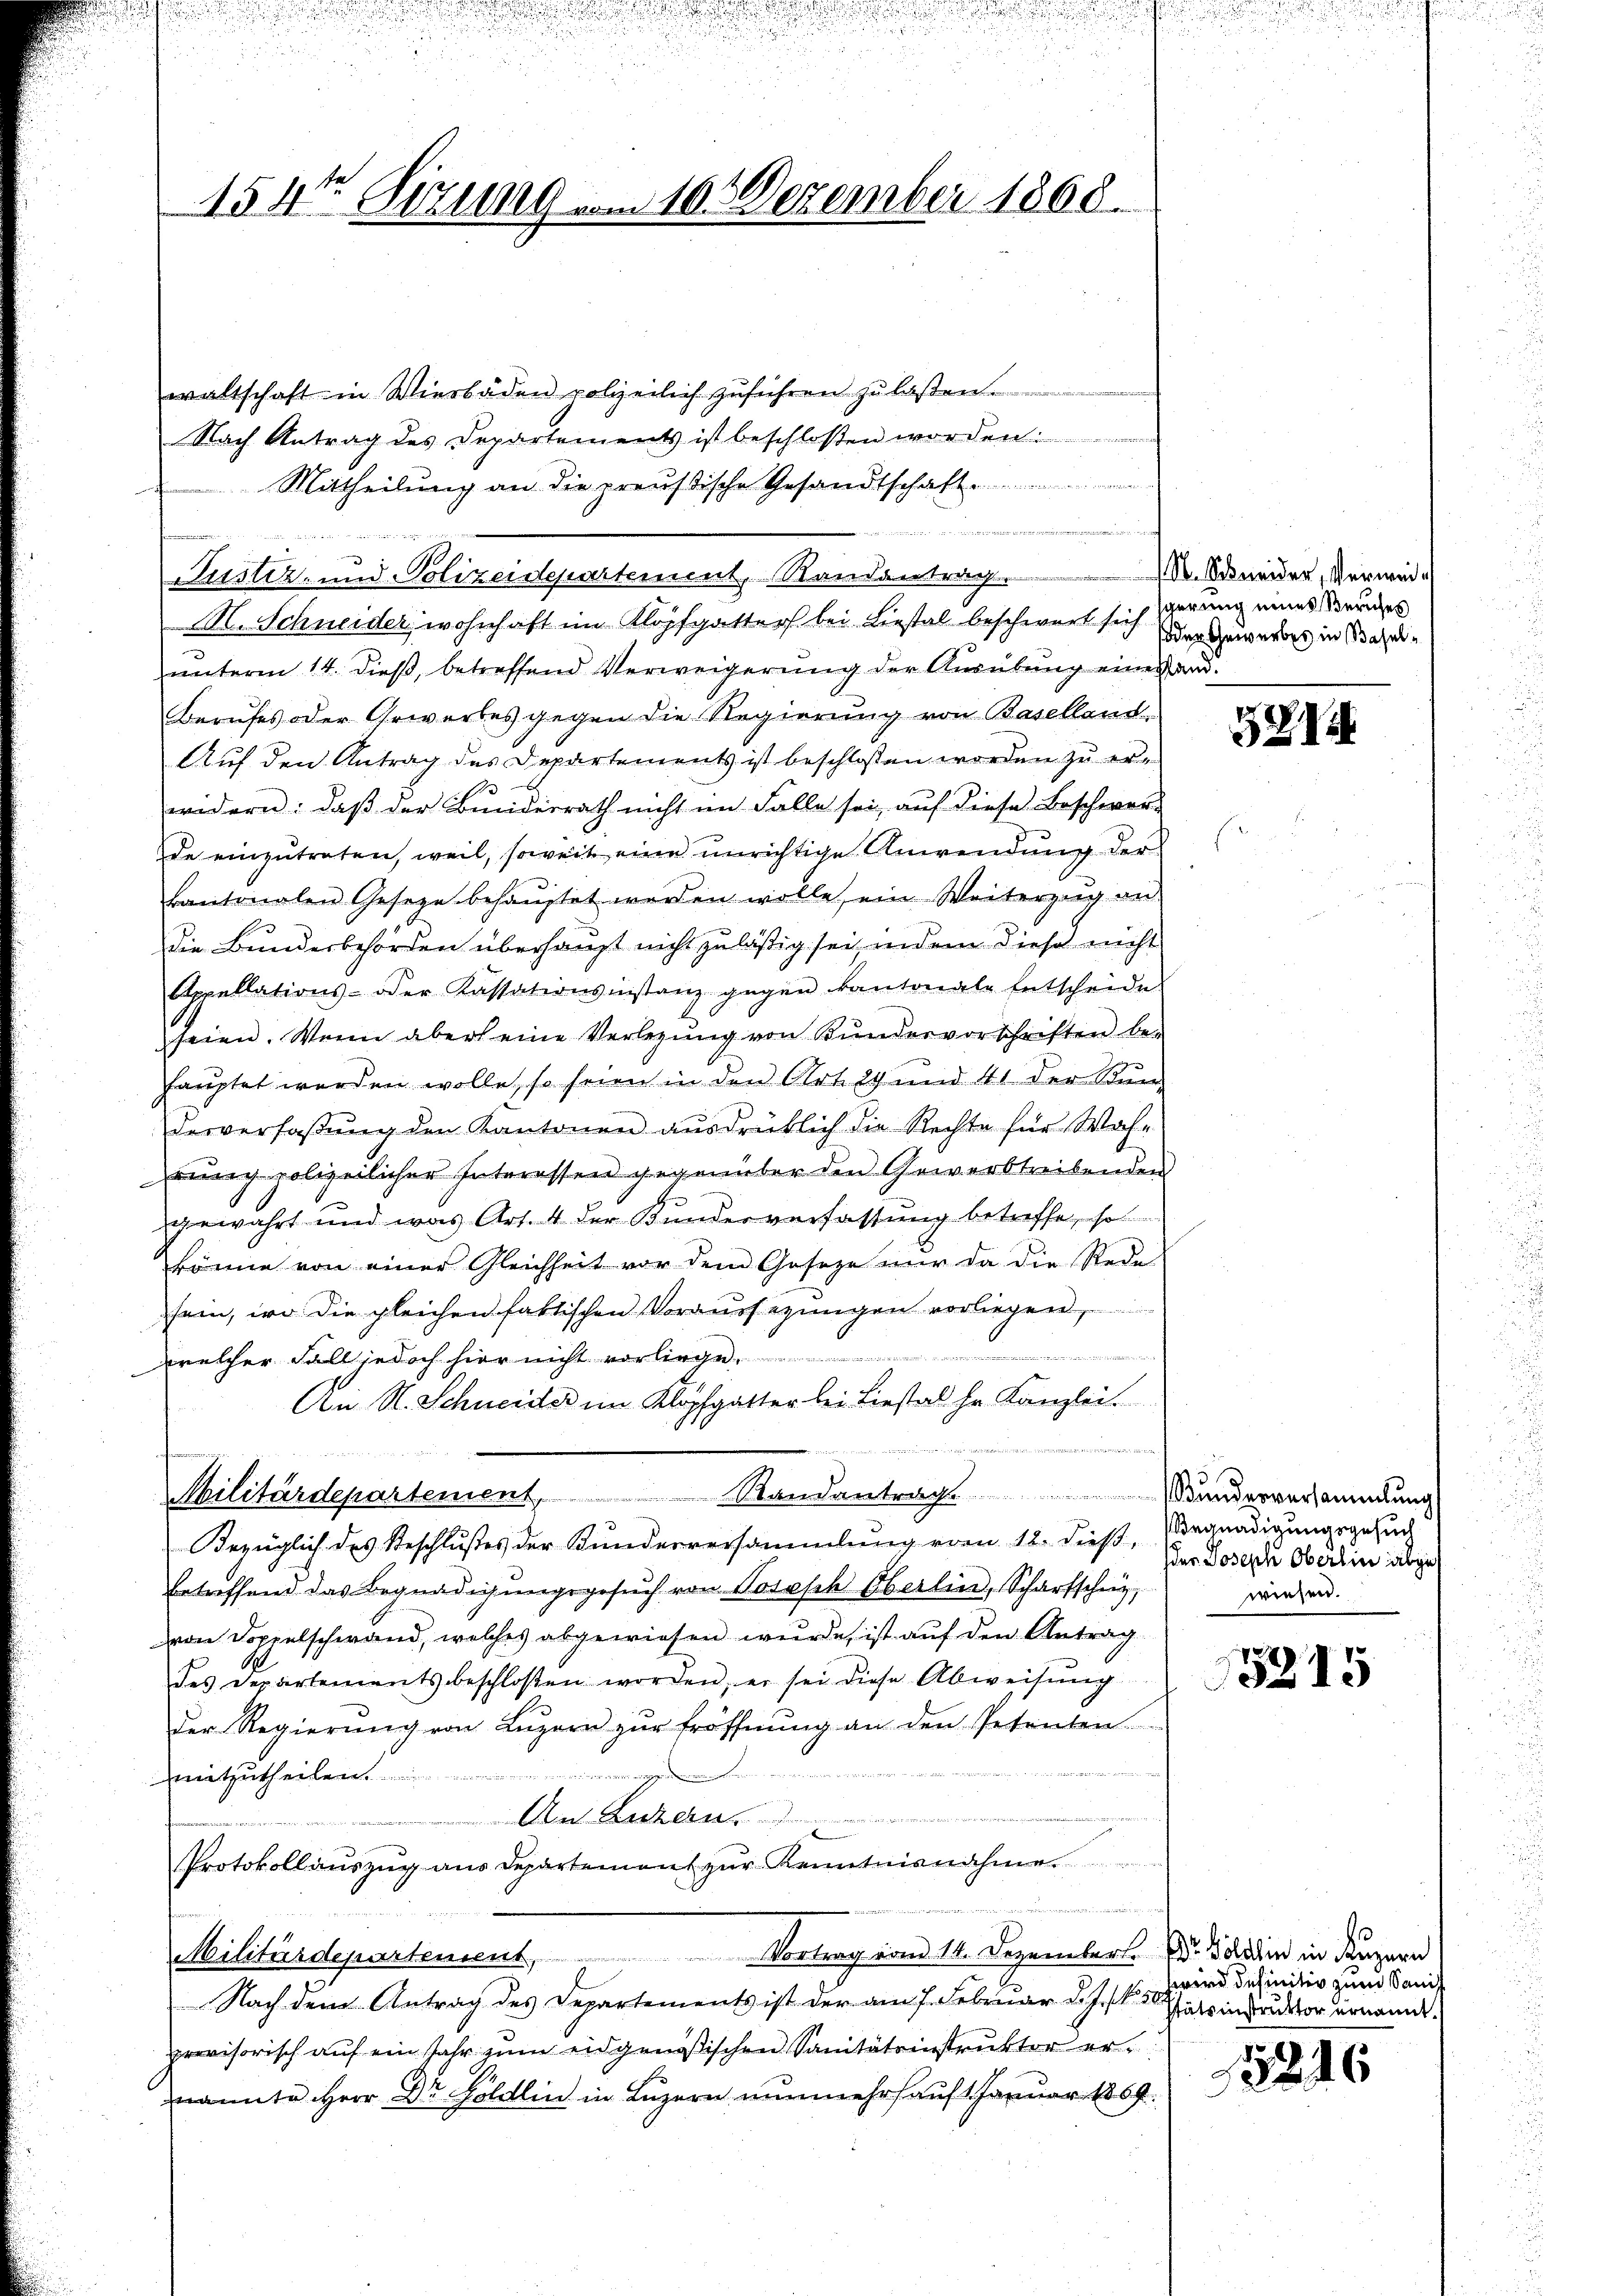
154te Sizung von 10. Dezember 1868.

waltschaft in Wiesbaden polizeilich zuführen zu laßen.
Nach Antrag des Departements ist beschlossen worden
Mittheilung an die preusische Gesandtschaft
um

e
Justiz- und Polizeidepartement, Randantrag
A. Schneider wohnhaft im Klopfgatter bei Liestal beschwert sich
unterm 14. dieß, betreffend Verweigerung der Ausübung eines and
Berufes oder Gewerbes gegen die Regierung von Baselland,
Auf den Antrag des Departements ist beschlossen worden zu erwidern: daß der Bundesrath nicht im Falle sei, auf diese Beschwerd
de einzutreten, weil, soweit eine unrichtige Anwendung der
kantonalen Gesetze behaŭptet werden wolle, ein Weiterzŭg an
die Bundesbehörden überhaupt nicht zuläßig sei indem diese nicht
Appellations- oder Kassationsinstanz gegen kantonale Entscheide
seien. Wenn aber eine Verlegung von Bundesvorschriften be-
hauptet werden wolle, so seien in den Art. 29 und 41 der Kur-
desverfaßung den Kantonen ausdrücklich die Rechte für Wah-
tŭng polizeilicher Interessen gegenüber den Gewerbstreibenden
gewahrt und was Art. 4 der Kundesverfassung betreffe, so
könne von einer Gleichheit vor dem Geseze nŭr da die Rede
sein, wo die gleichen faktischen Voraussezungen vorliegen,
.
welcher Fall jedoch hier nicht vorliege
An N. Schneider im Klopfgatter bei Liestal hr. Kanzlei.
Philitärdepartement, Randantrag. Bunderversammlung
Bezüglich des Beschlußes der Kunderversammlung vom 12. dieß,
betreffend das Begnädigŭngsgesŭch von Posasch Oberlin, Scharfschen,
von Doppelschwand, welches abgewiesen wurde, ist auf den Antrag
des Departements beschloßen worden, er sei diese Abweisung
der Regierŭng von Lŭzern zŭr Eröffnŭng an den Petenten.
mitzutheilen
A Be
Protokollauszug aus Departement zur Kenntnisnahme
Militärdepartement, Vortrag vom 14. Dezember die in Luzern
Nach dem Antrag des Departements ist der am 7. Februar d. J. Satinstruktor ernannt.
provisorisch auf ein Jahr zum eidgenößischen Sanitätsinstruktor ernannte Herr Dr Göldlin in Luzern nunmehrfauft Januar 1869.

N. Schneider, Verweisgerung eines Beriches
oder Gewerbes in Basel¬

3

Begnadigungsgesuch
der Joseph Oberlin abge
wiesen.

5215

zwird definitiv zum Sanit

15246